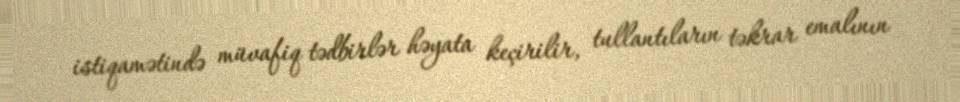
istiqamətində müvafiq tədbirlər həyata keçirilir, tullantıların təkrar emalının